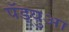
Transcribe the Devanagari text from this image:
पॅड्युआ